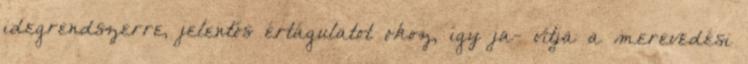
idegrendszerre, jelentős értágulatot okoz, így ja- vítja a merevedési